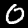
Digit: 0